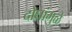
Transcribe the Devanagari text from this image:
दोघांमुळे